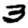
Digit: 3